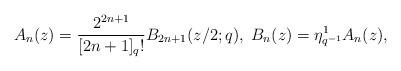
LaTeX: \begin{align*}A_n(z) = \frac{2^{2n+1}}{[2n+1]_q!}B_{2n+1}(z/2;q), \; B_n(z) = \large{\eta}^1_{q^{-1}} A_n(z), \end{align*}